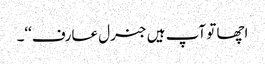
اچھا تو آپ ہیں جنرل عارف‘‘۔